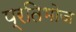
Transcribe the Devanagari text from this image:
प्रतिभोज